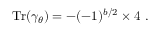
\mathrm { T r } ( \gamma _ { \theta } ) = - ( - 1 ) ^ { b / 2 } \times 4 ~ .